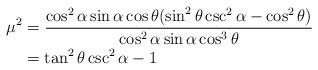
LaTeX: \begin{align*} \mu^2 &= \frac{\cos^2\alpha \sin\alpha \cos\theta (\sin^2\theta \csc^2 \alpha - \cos^2\theta)}{\cos^2\alpha \sin\alpha \cos^3\theta}\\ &= \tan^2\theta \csc^2\alpha - 1\end{align*}